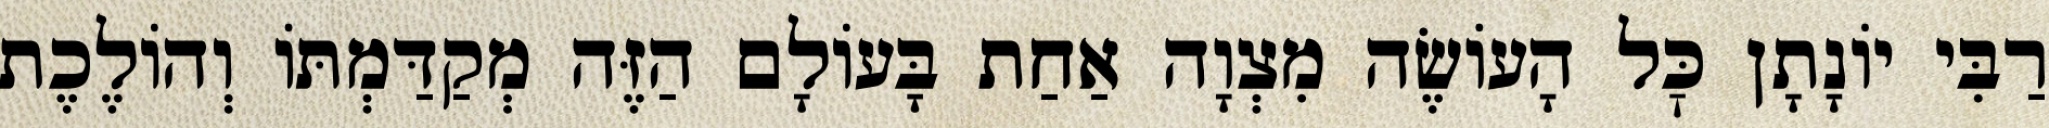
רַבִּי יוֹנָתָן כׇּל הָעוֹשֶׂה מִצְוָה אַחַת בָּעוֹלָם הַזֶּה מְקַדַּמְתּוֹ וְהוֹלֶכֶת